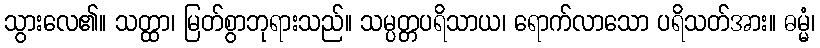
သွားလေ၏။ သတ္ထာ၊ မြတ်စွာဘုရားသည်။ သမ္ပတ္တပရိသာယ၊ ရောက်လာသော ပရိသတ်အား။ ဓမ္မံ၊